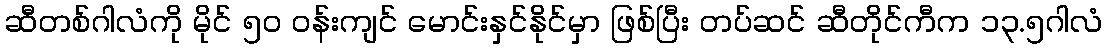
ဆီတစ်ဂါလံကို မိုင် ၅၀ ဝန်းကျင် မောင်းနှင်နိုင်မှာ ဖြစ်ပြီး တပ်ဆင် ဆီတိုင်ကီက ၁၃.၅ဂါလံ